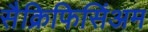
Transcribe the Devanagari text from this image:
सैक्रिफिसिंअम